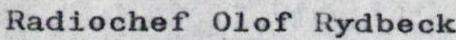
Radiochef Olof Rydbeck